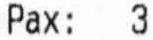
PAX: 3